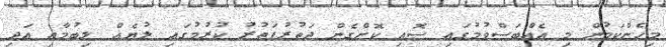
މިހެންކަމުން މި އެއްބަސްވުމުގައި ސޮއި ކޮށްގެން ދަތުރުފަތުރު ކުރުމުގައި ލުޔެއް ލިބުމާއި އަދި